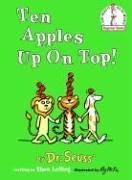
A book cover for Ten Apples Up On Top!; Theo. LeSieg; Children's Books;